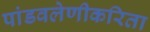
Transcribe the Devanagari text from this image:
पांडवलेणीकरिता